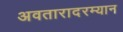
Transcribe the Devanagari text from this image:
अवतारादरम्यान